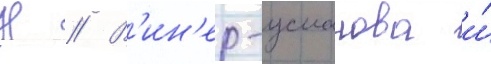
Н // В'ин'ер-усманова и́